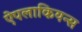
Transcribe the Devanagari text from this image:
ऐपलाकियन्स